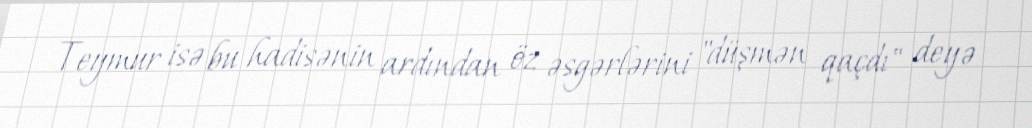
Teymur isə bu hadisənin ardından öz əsgərlərini "düşmən qaçdı" deyə